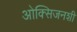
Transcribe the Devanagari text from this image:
ओक्सिजनशी